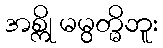
အစ္ကို မမွတ္မိဘူး